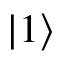
| 1 \rangle